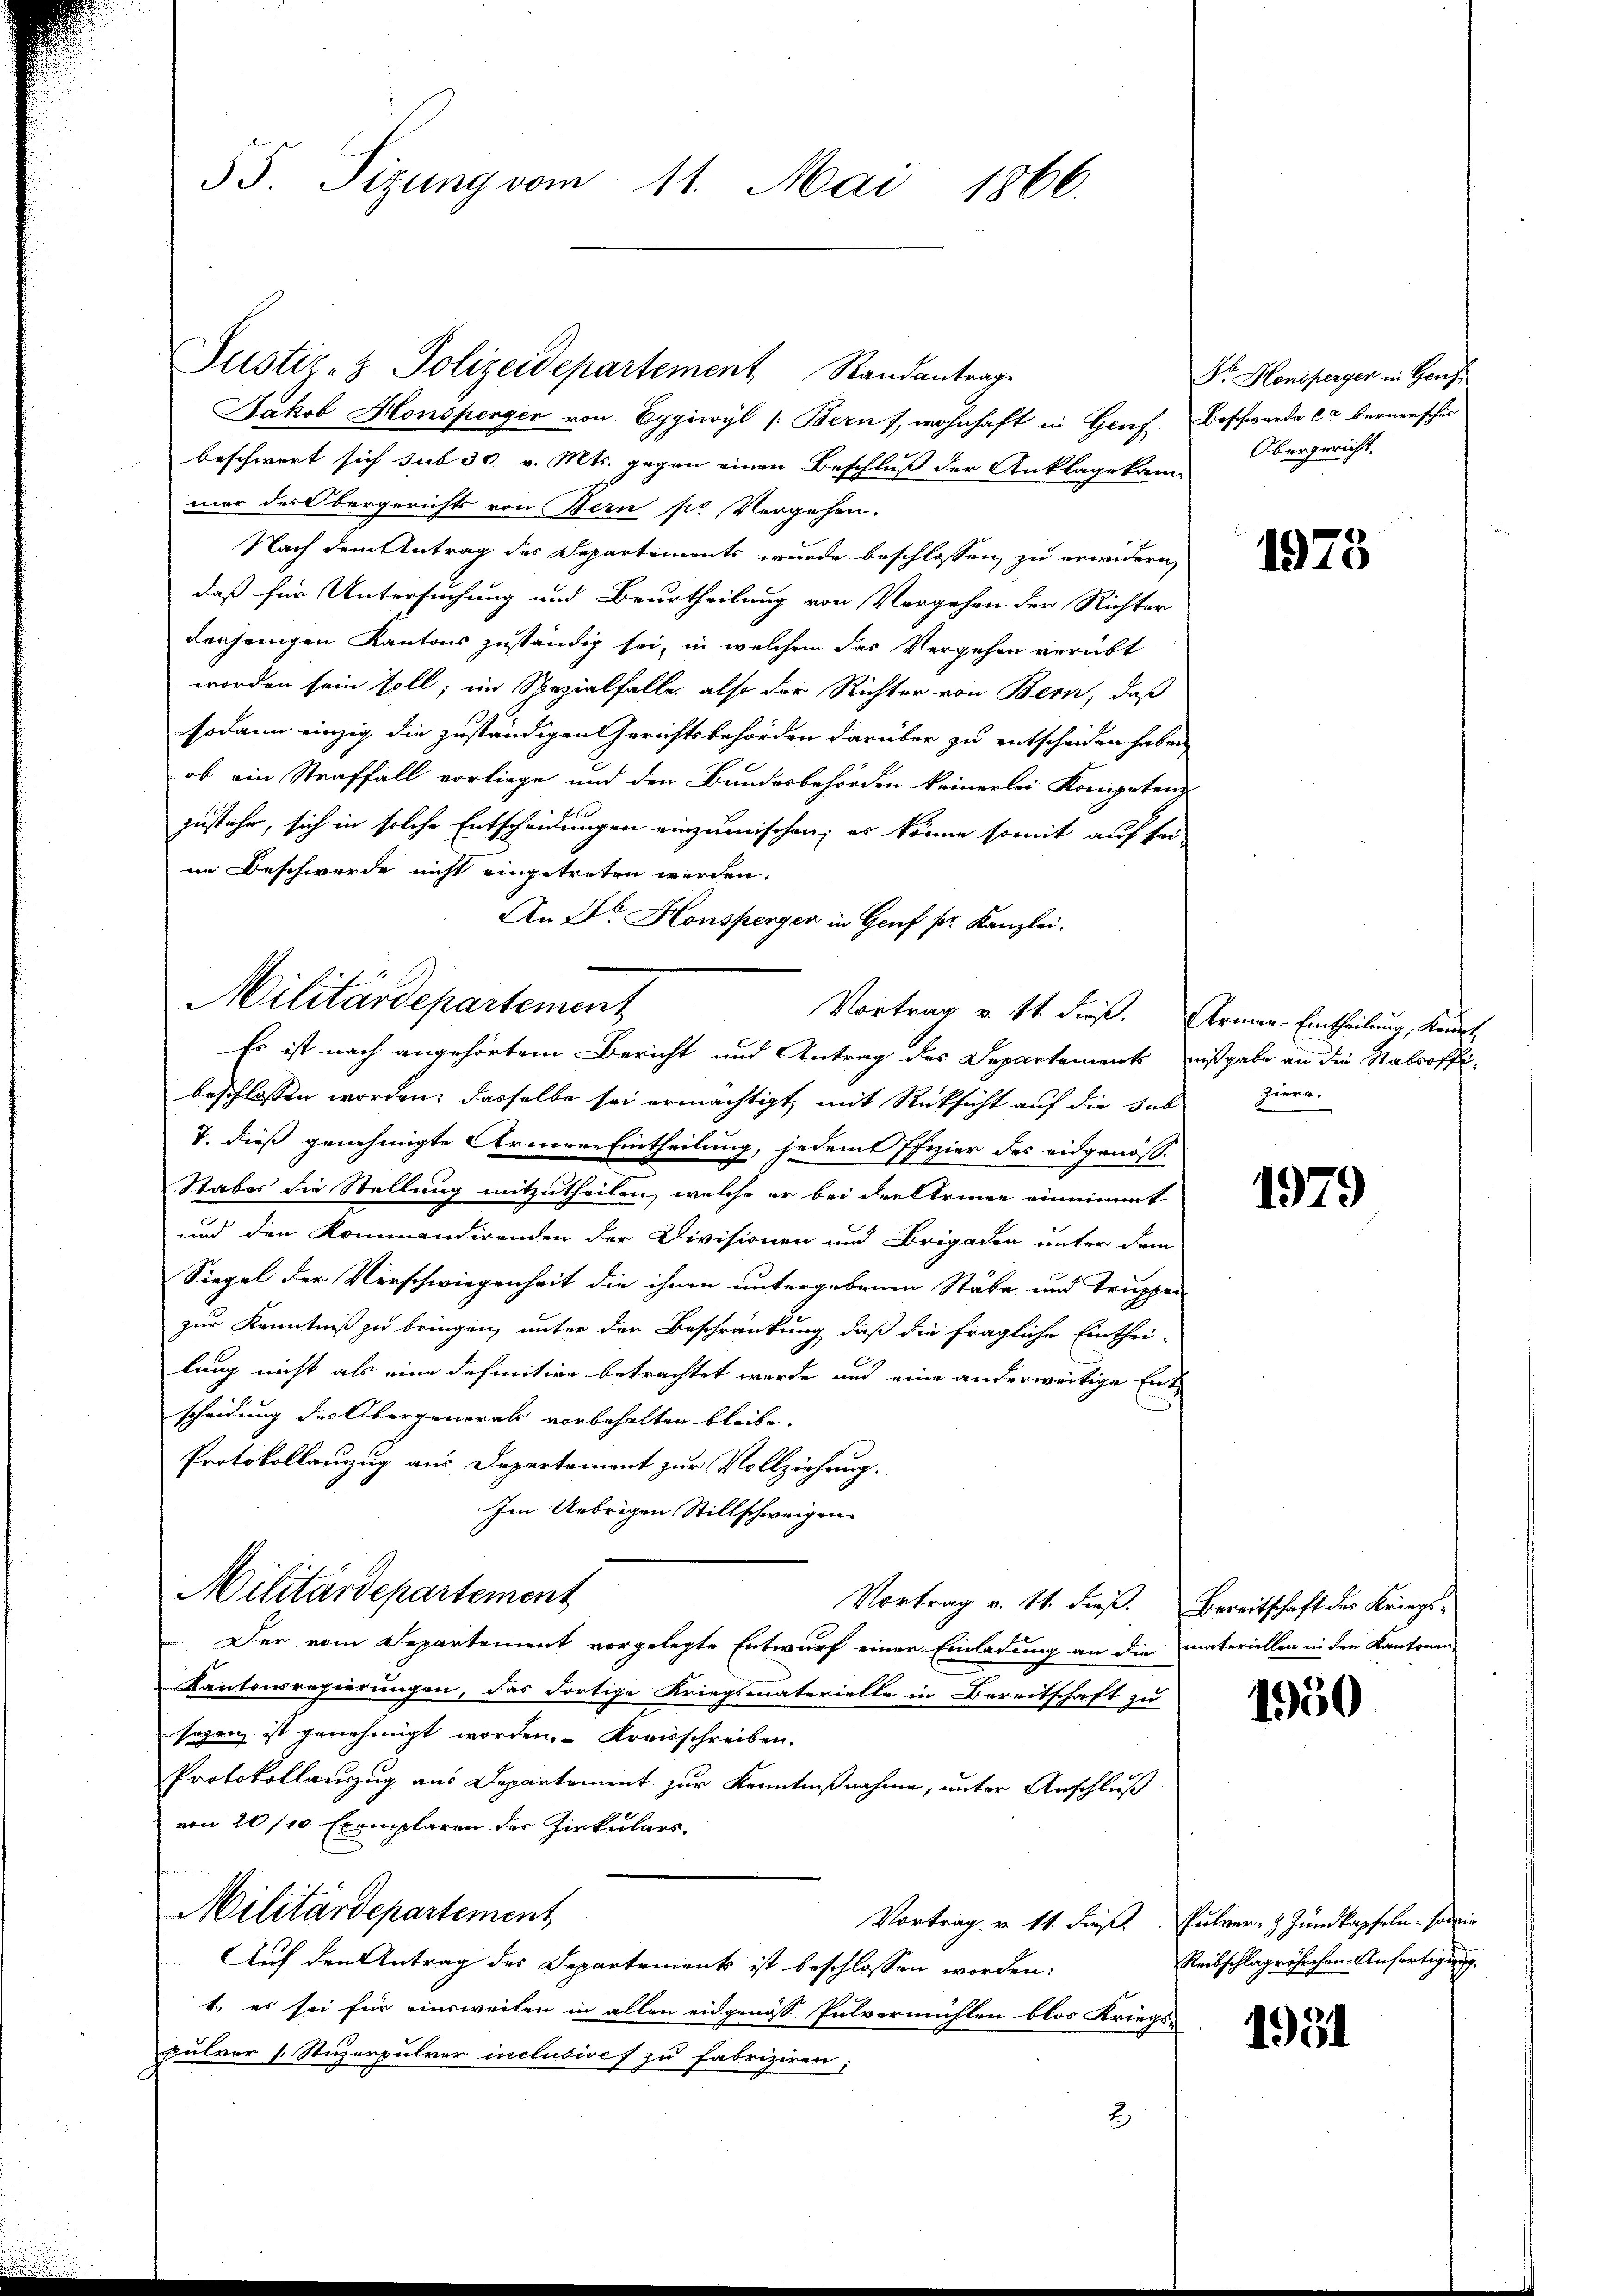
55. Sizung vom 11. Mai 1866.

Justiz- & Polizeidepartement Standantrage
Jakob Honsperger von Eggiwyl /: Bern), wohnhaft in Genf Beschwerde er bernerscher
beschwert sich sub 30. v. Mts. gegen einen Beschluß der Anklagekam-
mer des Obergerichts von Bern pr Vorgehen.
Nach dem Antrag des Departements wurde beschlossen zu erwidern,
daß für Untersuchung und Beurtheilung von Vergehen der Richter
desjenigen Kantons zuständig sei, in welchem das Vergehen verübt
worden sein soll; im Spezialfalle, also der Richter von Bern, daß
sodann einzig die zuständigen Gerichtsbehörden darüber zu entscheiden haben,
ob ein Straffall vorliege und den Bundesbehörden keinerlei Kompetenz
zustehe, sich in solche Entscheidungen einzumischen; es könne somit auf sei-
ne Beschwerde nicht eingetreten werden.
An Dr. Honsperger in Genf sr. Kanzlei.
beschlossen worden; dasselbe sei ermächtigt, mit Rücksicht auf die hab
V. dieß genehmigte Armene Eintheilung, jedemt ffizier des eidgenös-
Stabes die Stellung mitzutheilen, welche er bei den Erinne einnimmt
und den Kommandirenden der Divisionen und Brigaden unter dem
Siegel der Verschwiegenheit die ihnen untergebenen Stäbe und Truppen
zur Kenntniß zu bringen, unter der Beschränkung, daß die fragliche Einthei-
u
lung nicht als eine definitive betrachtet wurde und eine anderwärtige Entscheidung des Übergenerals vorbehalten bleibe.
Protokollanzug aus Departement zur Vollziehung.
Im Uebrigen Stillschweigen.
Militärdepartement
Vortrag v. 11. dieß. Bereitschaft des Kriegs¬
Der vom Separtement vorgelegte Entwurf einer Einladung an die materiellen in den Kantonen-
Kantonsregierungen, das dortige Kriegsmaterielle in Bereitschaft zu
sezen ist genehmigt worden. Kreisschreiben.
Protokollauszug aus Departement zur Kenntnißnahme, unter Anschluß
von 20/10 Exemplaren der Zirkulars.
Militärdepartement
Vortrag v. 11. dieß. Pulver, 3. Jundkapseln - sowie
Auf den Antrag des Departements ist beschlossen worden:
1., es sei für einsweilen in allen eidgenöss Pulvermühlen blos Kriegs-
pulver s. Stuzerpulver inclusivef zu fabriziren;
2

Militärdepartement

Vortrag v. 11. dieß. Armen-Eintheilung, Keuert,
Es ist nach angehörtem Bericht und Antrag des Departements mißgabe an die Stabsoffi-

Dr. Honsperger in Genf
Obergericht.

1973

ziere.

1979

1950

Reitschlagröhrchen Anfertigung.

1951